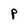
Character: P